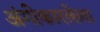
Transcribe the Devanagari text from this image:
अंगीकारलेला